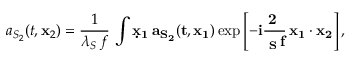
a _ { S _ { 2 } } ( t , { \bf x } _ { 2 } ) = \frac { 1 } { \lambda _ { S } \, f } \, \int \d { \bf x } _ { 1 } \, a _ { S _ { 2 } } ( t , { \bf x } _ { 1 } ) \exp \left[ - i \frac { 2 \pi } { \lambda _ { S } \, f } \, { \bf x } _ { 1 } \cdot { \bf x } _ { 2 } \right] ,